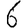
Digit: 6